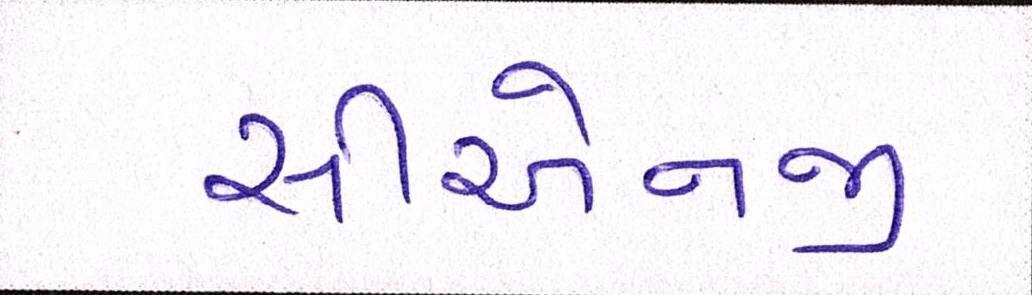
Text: સીએનજી